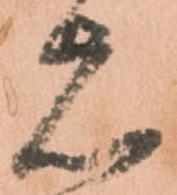
志